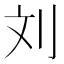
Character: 刘